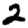
Digit: 2